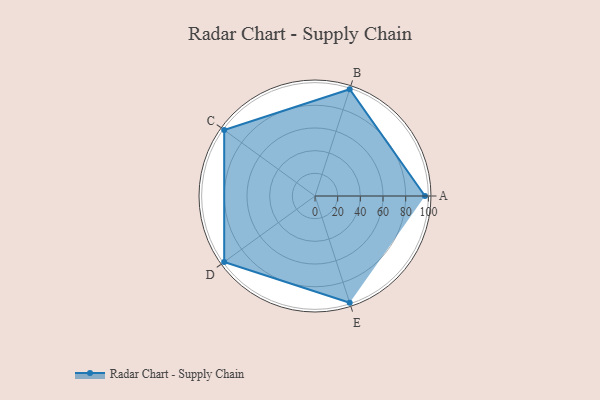
{"axis": {"x": "Skill", "y": "Score"}, "legend": ["Profile"], "data": [{"x": "A", "y": 97.0, "type": "Profile"}, {"x": "B", "y": 99, "type": "Profile"}, {"x": "C", "y": 99, "type": "Profile"}, {"x": "D", "y": 99, "type": "Profile"}, {"x": "E", "y": 99, "type": "Profile"}]}